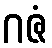
ဂဇံ